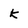
Character: k